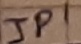
Text: JP1